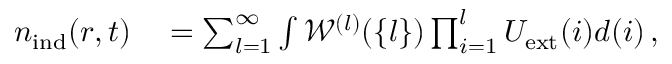
\begin{array} { r l } { { n } _ { \mathrm { i n d } } ( \boldsymbol { r } , t ) } & { { } = \sum _ { l = 1 } ^ { \infty } \int \mathscr { W } ^ { ( l ) } ( \{ l \} ) \prod _ { i = 1 } ^ { l } U _ { \mathrm { e x t } } ( i ) d ( i ) \, , } \end{array}